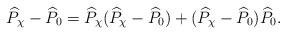
LaTeX: \begin{align*} \widehat{P}_\chi - \widehat{P}_0 = \widehat{P}_\chi(\widehat{P}_\chi-\widehat{P}_0) + (\widehat{P}_\chi-\widehat{P}_0)\widehat{P}_0.\end{align*}